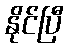
နိုင်ပြီ